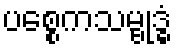
ပစ္စေကသမ္ဗုဒ္ဓံ